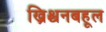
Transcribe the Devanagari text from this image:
ख्रिश्चनबहूल